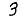
Digit: 3